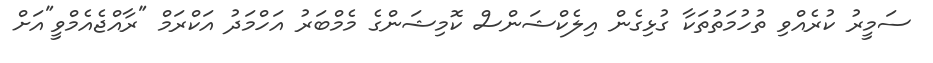
ސަމީރު ކުރެއްވި ތުހުމަތުތަކާ ގުޅިގެން އިލެކްޝަންސް ކޮމިޝަންގެ މެމްބަރު އަހްމަދު އަކްރަމް "ރާއްޖެއެމްވީ"އަށް